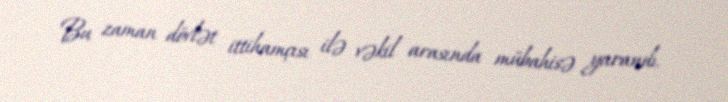
Bu zaman dövlət ittihamçısı ilə vəkil arasında mübahisə yarandı.